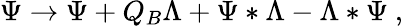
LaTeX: \Psi\to\Psi+Q_{B}\Lambda+\Psi*\Lambda-\Lambda*\Psi\ ,